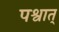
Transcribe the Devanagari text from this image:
पश्वात्